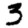
Digit: 3